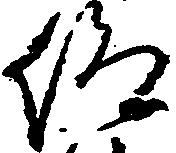
仰